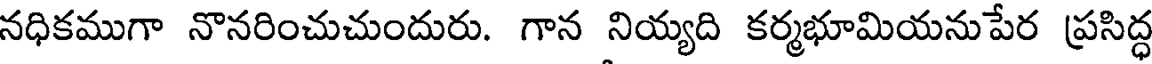
నధికముగా నొనరించుచుందురు. గాన నియ్యది కర్మభూమియనుపేర ప్రసిద్ధ